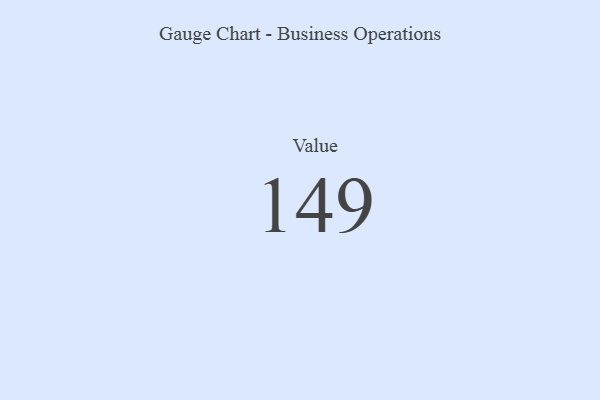
{"axis": {"x": "Metric", "y": "Value"}, "legend": [""], "data": [{"x": "Value", "y": 149, "type": ""}]}